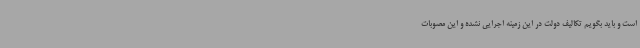
است و باید بگویم تکالیف دولت در این زمینه اجرایی نشده و این مصوبات